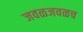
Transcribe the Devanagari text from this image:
जवळजवळच